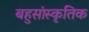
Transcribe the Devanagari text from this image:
बहुसांस्‍कृतिक